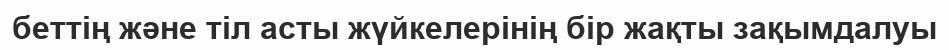
беттің және тіл асты жүйкелерінің бір жақты зақымдалуы